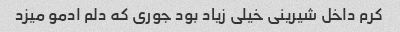
کرم داخل شیرینی خیلی زیاد بود جوری که دلم ادمو میزد